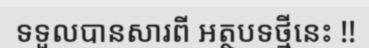
ទទួលបានសារពី អត្ថបទថ្មីនេះ !!